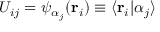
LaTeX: U _ { i j } = \psi _ { \alpha _ { j } } ( \mathbf { r } _ { i } ) \equiv \langle \mathbf { r } _ { i } | \alpha _ { j } \rangle